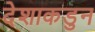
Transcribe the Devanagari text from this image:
देशाकडुन